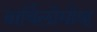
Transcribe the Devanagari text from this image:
बार्थिलोमोव्ह